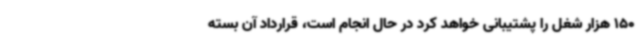
150 هزار شغل را پشتیبانی خواهد کرد در حال انجام است، قرارداد آن بسته